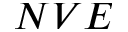
N V E